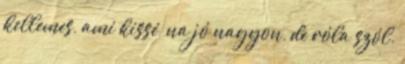
kellemes, ami kissé, na jó nagyon, de róla szól.